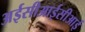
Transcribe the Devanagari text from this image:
अईसीआईसीआई